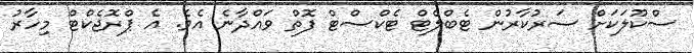
ސްކޫލަކަށް ސަރުކާރުން ޓެބްލެޓް ޓެކްސްޓް ފޮތް ވައްދާނެ އެވެ. އެ ޕްރޮޖެކްޓް މިހާރު